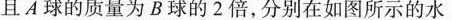
且A球的质量为B球的2倍，分别在如图所示的水